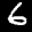
Label: 6